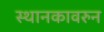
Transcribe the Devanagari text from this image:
स्थानकावरुन